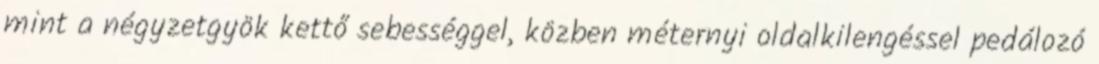
mint a négyzetgyök kettő sebességgel, közben méternyi oldalkilengéssel pedálozó